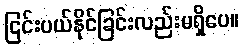
ငြင်းပယ်နိုင်ခြင်းလည်းမရှိပေ။